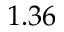
1 . 3 6